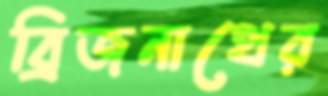
ব্রিজনাথের